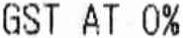
GST AT 0%